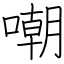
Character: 嘲